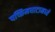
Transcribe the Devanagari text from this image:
पच्छिमघाटामध्ये